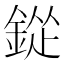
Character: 𮷲